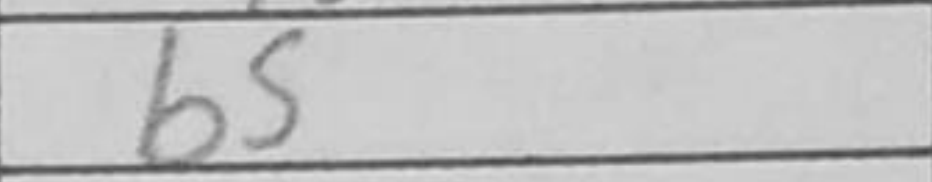
Transcription: b5